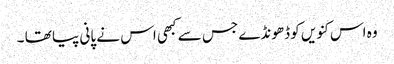
وہ اس کنویں کو ڈھونڈے جس سے کبھی اس نے پانی پیا تھا ۔